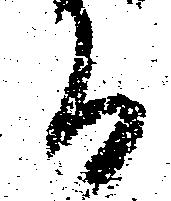
而